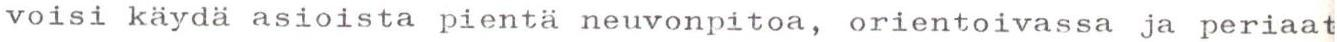
voisi käydä asioista pientä neuvonpitoa, orientoivassa ja periaat